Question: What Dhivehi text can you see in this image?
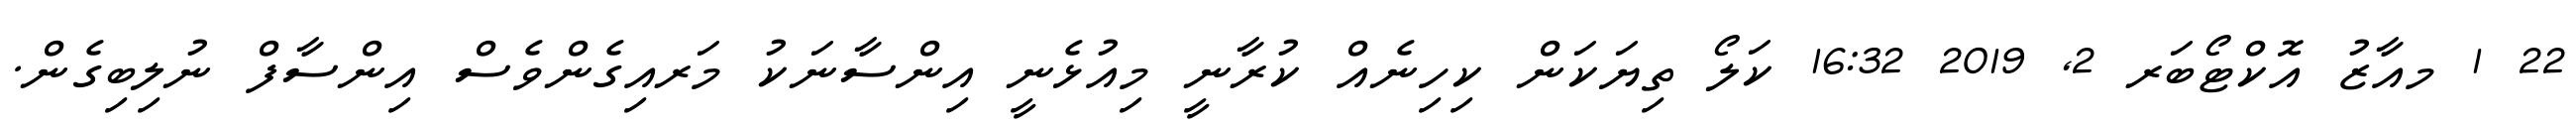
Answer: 22 1 މއާޒު އޮކްޓޯބަރ 2, 2019 16:32 ކަލޯ ތިޔަކަން ކިހިނެއް ކުރާނީ މިއުޅެނީ އިންސާނަކު މަރއިގެންވެސް އިންސާފް ނުލިބިގެން.